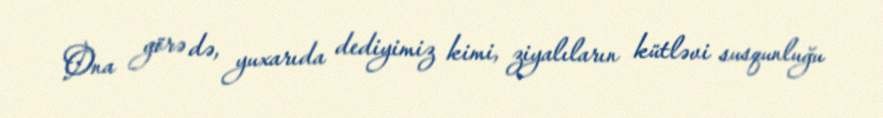
Ona görə də, yuxarıda dediyimiz kimi, ziyalıların kütləvi susqunluğu